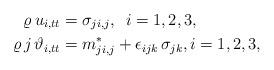
LaTeX: \begin{align*} \varrho \, {u}_{i,tt}&=\sigma_{ji,j} , \ \, i=1,2,3,\\ \varrho \,j\, {\vartheta}_{i,tt}&=m_{ji,j}^* + \epsilon_{ijk}\,\sigma_{jk} , i=1,2,3,\end{align*}